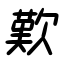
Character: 歎